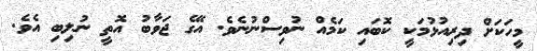
މީހަކަށް ދިރިއުޅުމަކީ ކޮބައި ކަމެއް ނުވިސްނުނެވެ. އޭގެ ޖަވާބު އޮތީ ނުލިބި އެވެ.